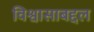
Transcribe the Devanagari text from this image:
विश्वासाबद्दल